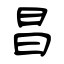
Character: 昌